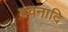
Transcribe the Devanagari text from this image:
हवनादि